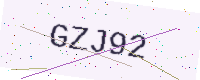
Text: GZJ92